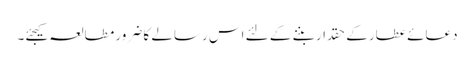
دعائے عطار کے حقدار بننے کے لئے اس رسالے کا ضرور مطالعہ کیجئے۔